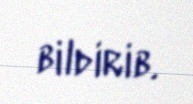
bildirib.